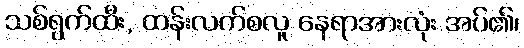
သစ်ရွက်ထီး, ထန်းလက်စလူ နေရာအားလုံး အပ်၏၊